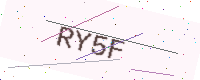
Text: RY5F